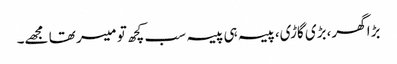
بڑا گھر،بڑی گاڑی،پیسہ ہی پیسہ سب کچھ تو میسر تھا مجھے۔